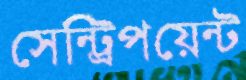
সেন্ট্রিপয়েন্ট